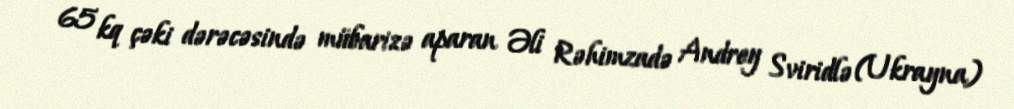
65 kq çəki dərəcəsində mübarizə aparan Əli Rəhimzadə Andrey Sviridlə (Ukrayna)